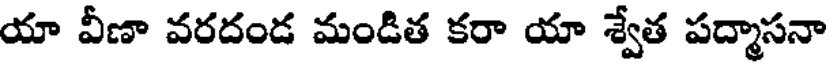
యా వీణా వరదండ మండిత కరా యా శ్వేత పద్మాసనా